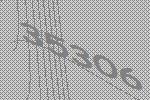
35306